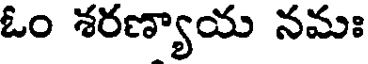
ఓం శరణ్యాయ నమః